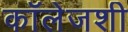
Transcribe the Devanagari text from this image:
कॉलेजशी